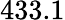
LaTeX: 433.1